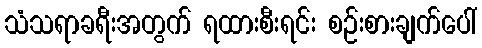
သံသရာခရီးအတွက် ရထားစီးရင်း စဉ်းစားချက်ပေါ်